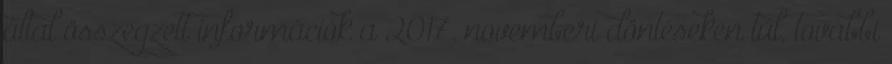
által összegzett információk a 2017. novemberi döntéseken túl, további